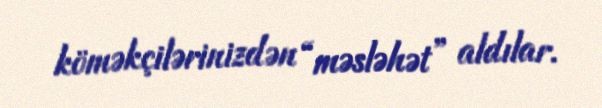
köməkçilərinizdən “məsləhət” aldılar.